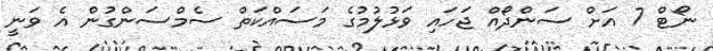
ނޯޓް 7 އަށް ސަންދޯއް ޖަހައި ވަޅުލުމުގެ މަސައްކަތް ސެމްސަންގުން އެ ވަނީ